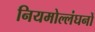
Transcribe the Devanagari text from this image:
नियमोल्लंघनों